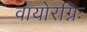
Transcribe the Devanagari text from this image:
वायोरग्निः